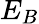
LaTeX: E_{B}